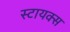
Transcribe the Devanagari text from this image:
स्टायक्स